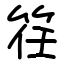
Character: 䇮